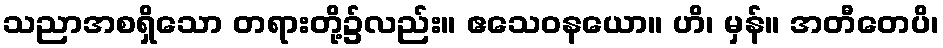
သညာအစရှိသော တရားတို့၌လည်း။ ဧသေဝနယော။ ဟိ၊ မှန်။ အတီတေပိ၊